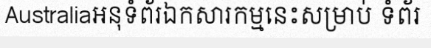
Australiaអនុទំព័រឯកសារកម្មនេះសម្រាប់ ទំព័រ